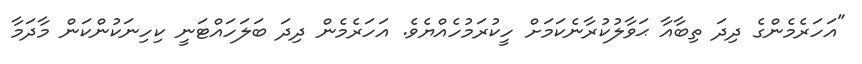
"އަހަރެމެންގެ ދިދަ ތިބާއާ ޙަވާލުކުރާނެކަމަށް ހީކުރަމުހެއްޔެވެ. އަހަރެމެން ދިދަ ބަލަހައްޓަނީ ކިހިނަކުންކަން މާދަމާ